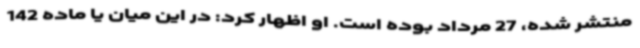
منتشر شده، 27 مرداد بوده است. او اظهار کرد: در این میان یا ماده 142